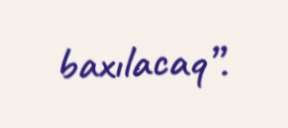
baxılacaq”.